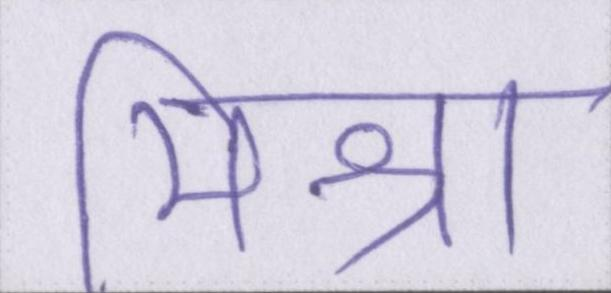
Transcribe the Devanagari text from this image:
मिश्रा